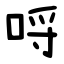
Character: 哷